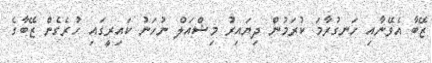
ޒޭބާ އެވޭނާއި ހަނގުރާމަ ކުރަމުން ދިޔައިރު މިޝްއަލް ނުހަނު ކައިރީގައި ހުރެގެން ޒޭބާގެ